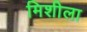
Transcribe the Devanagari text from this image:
मिशीला